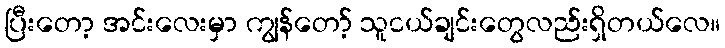
ပြီးတော့ အင်းလေးမှာ ကျွန်တော့် သူငယ်ချင်းတွေလည်းရှိတယ်လေ။